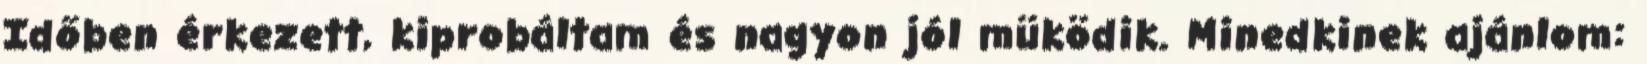
Időben érkezett, kiprobáltam és nagyon jól müködik. Minedkinek ajánlom: